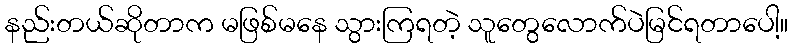
နည်းတယ်ဆိုတာက မဖြစ်မနေ သွားကြရတဲ့ သူတွေလောက်ပဲမြင်ရတာပေါ့။